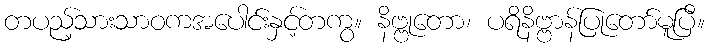
တပည့်သားသာဝကအပေါင်းနှင့်တကွ။ နိဗ္ဗုတော၊ ပရိနိဗ္ဗာန်ပြုတော်မူပြီ။